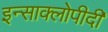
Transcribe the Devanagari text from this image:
इन्साक्लोपीदी